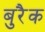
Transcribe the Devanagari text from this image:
बुरैक